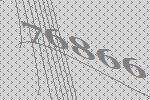
76866